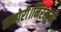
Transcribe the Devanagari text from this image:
समोरी।निरखुनी